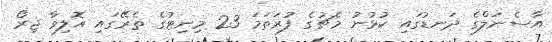
އާސެނަލްގެ ދަނޑުގައި ކުޅުނު މެޗުގެ ފުރަތަމަ 23 މިނިޓުގެ ތެރޭގައި އޮލިވާ ޖިރޯ